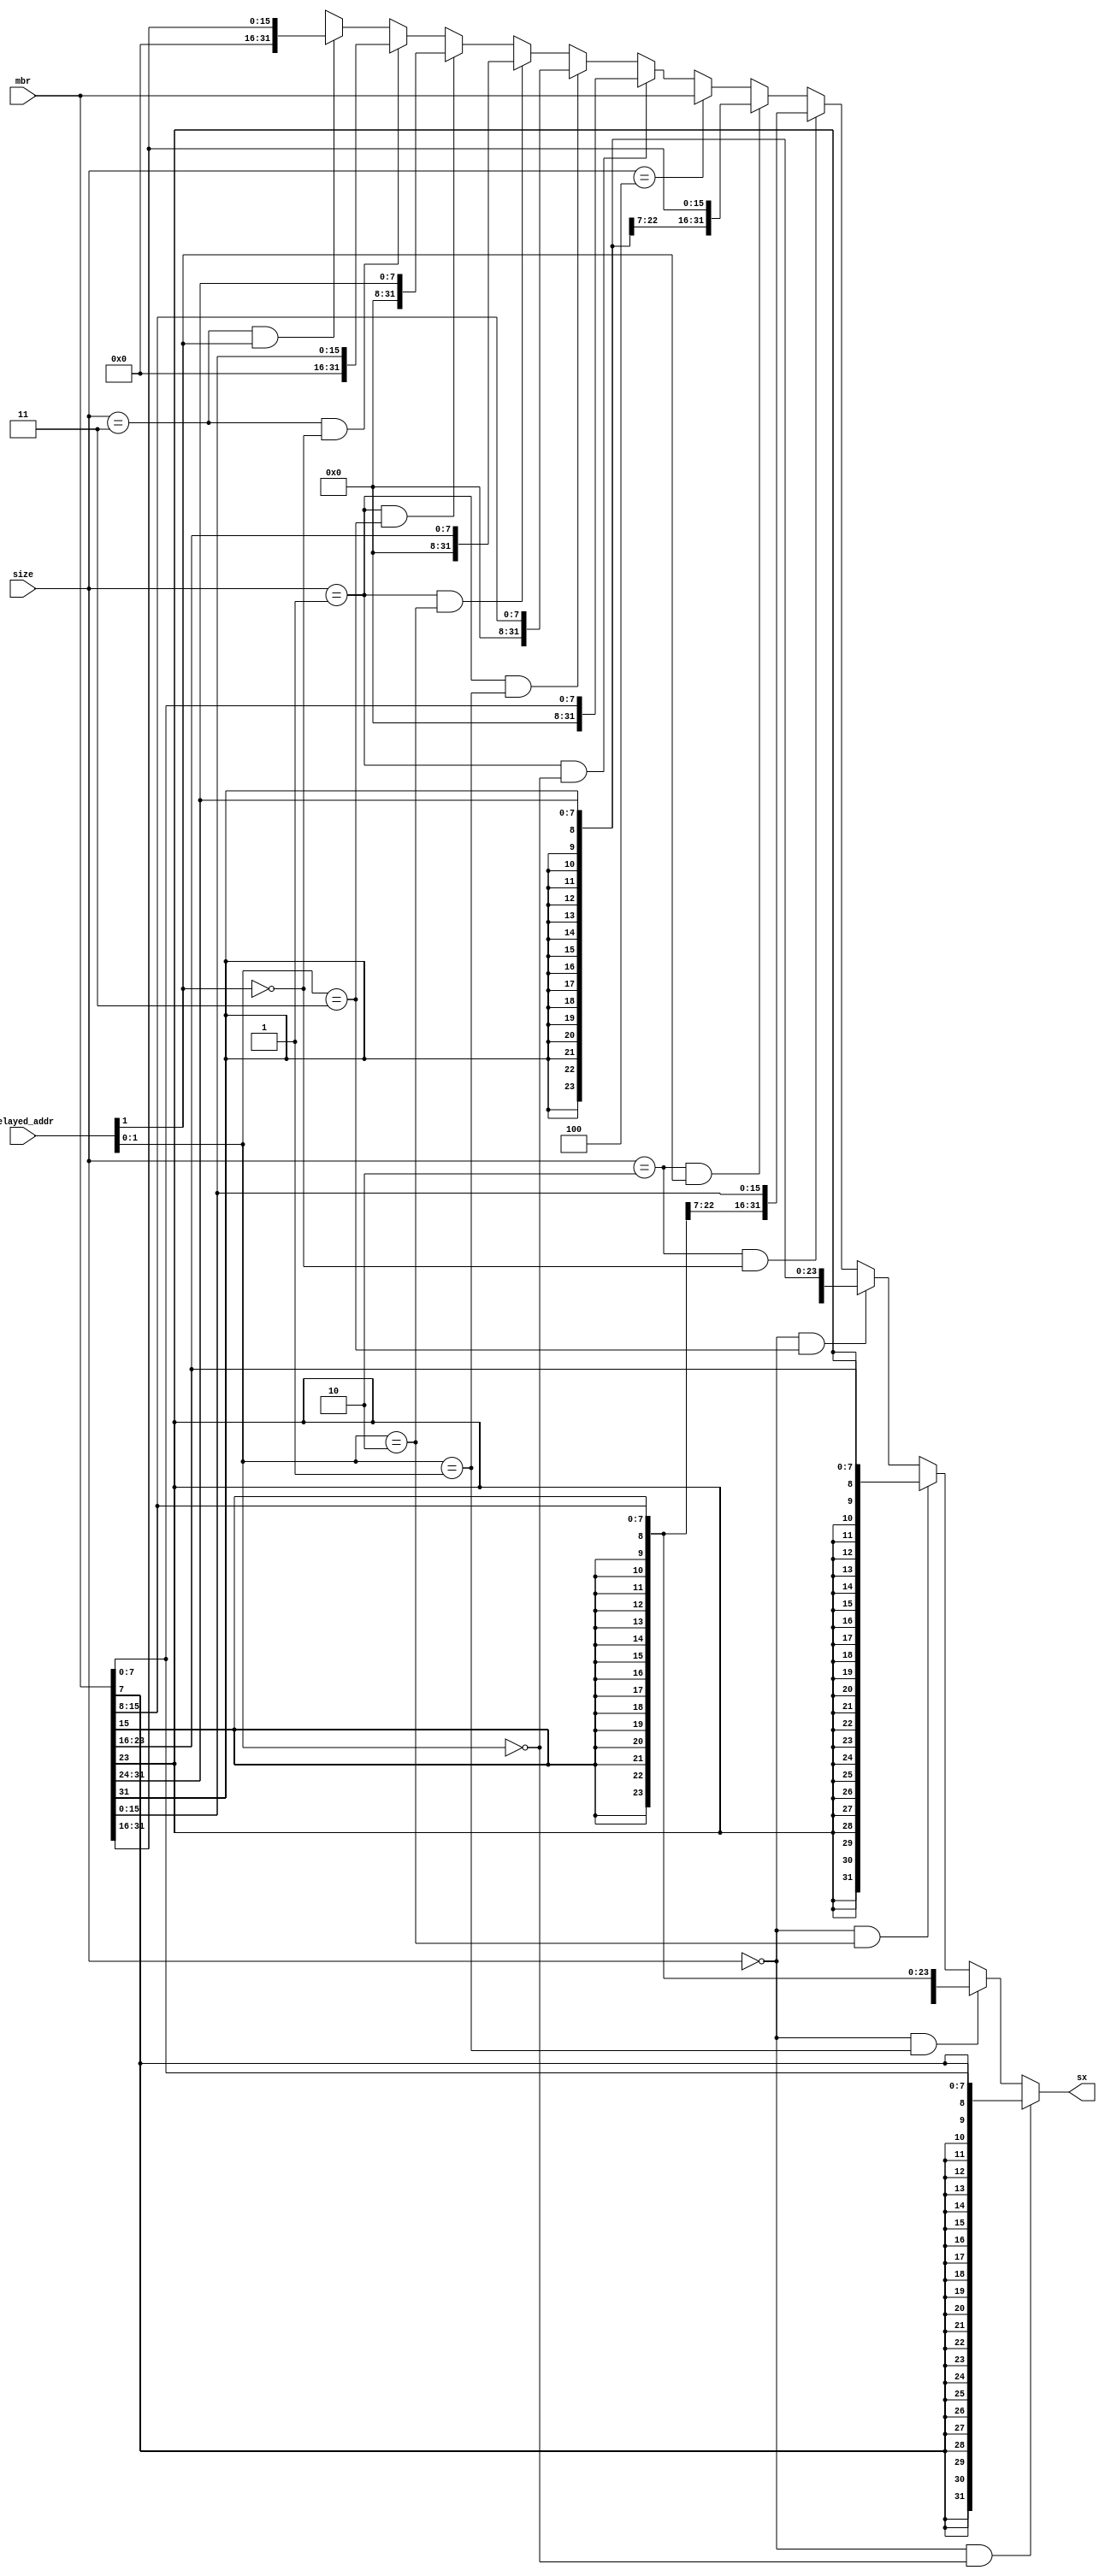
module mbr_sx_load(sx, mbr, size, delayed_addr);
	input [31:0] mbr, delayed_addr;
	input [2:0] size;
	output [31:0] sx; 

	wire mem_byte, mem_half, mem_word, mem_byte_u, mem_half_u;
	
    parameter bit8  = 3'b000,
        bit_u8  = 3'b001,
        bit16   = 3'b010,
        bit_u16 = 3'b011,
        bit32   = 3'b100;

    assign mem_byte = size==bit8; 
    assign mem_half = size==bit16; 
    assign mem_word = size==bit32; 
    assign mem_byte_u = size==bit_u8;   
    assign mem_half_u = size==bit_u16;  

    assign sx = mem_byte    & delayed_addr[1:0]==2'b00 ? {{24{mbr[7]}},mbr[7:0]} :
                mem_byte    & delayed_addr[1:0]==2'b01 ? {{24{mbr[15]}},mbr[15:8]} :
                mem_byte    & delayed_addr[1:0]==2'b10 ? {{24{mbr[23]}},mbr[23:16]} :
                mem_byte    & delayed_addr[1:0]==2'b11 ? {{24{mbr[31]}},mbr[31:24]} : 
                mem_half    & delayed_addr[1]==1'b0    ? {{16{mbr[15]}},mbr[15:0]} :
                mem_half    & delayed_addr[1]==1'b1    ? {{16{mbr[31]}},mbr[31:16]} :
                mem_word                                  ? mbr :
                mem_byte_u  & delayed_addr[1:0]==2'b00 ? {{24{1'b0}}, mbr[7:0]} :
                mem_byte_u  & delayed_addr[1:0]==2'b01 ? {{24{1'b0}}, mbr[15:8]} :
                mem_byte_u  & delayed_addr[1:0]==2'b10 ? {{24{1'b0}}, mbr[23:16]} :
                mem_byte_u  & delayed_addr[1:0]==2'b11 ? {{24{1'b0}}, mbr[31:24]} : 
                mem_half_u  & delayed_addr[1]==1'b0    ? {{16{1'b0}}, mbr[15:0]} :
                mem_half_u  & delayed_addr[1]==1'b1    ? {{16{1'b0}}, mbr[31:16]} : 
                'bx;    


endmodule